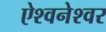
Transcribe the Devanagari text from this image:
ऐश्वनेश्वर